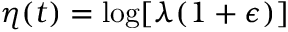
\eta ( t ) = \log [ \lambda ( 1 + \epsilon ) ]